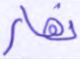
نهار